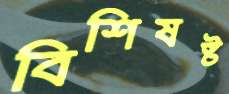
বিশিষষ্ট